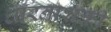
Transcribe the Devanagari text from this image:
धारनाशक्ती